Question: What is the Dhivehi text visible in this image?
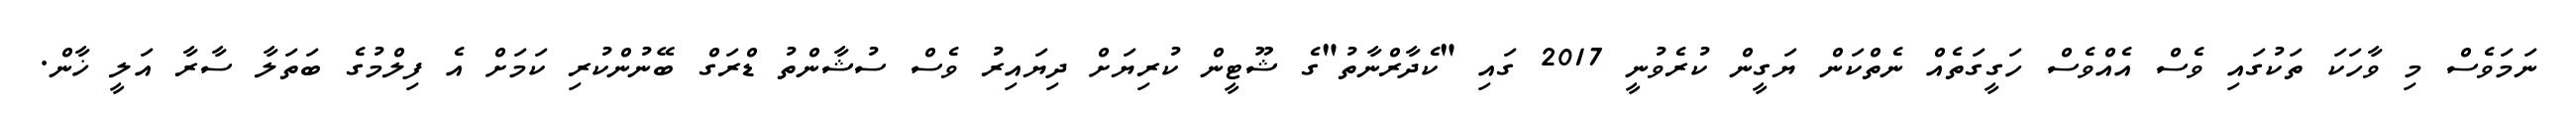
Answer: ނަމަވެސް މި ވާހަކަ ތަކުގައި ވެސް އެއްވެސް ހަގީގަތެއް ނެތްކަން ޔަގީން ކުރެވުނީ 2017 ގައި "ކެދާރްނާތު"ގެ ޝޫޓީން ކުރިޔަށް ދިޔައިރު ވެސް ސުޝާންތު ޑްރަގް ބޭނުންކުރި ކަމަށް އެ ފިލްމުގެ ބަތަލާ ސާރާ އަލީ ޚާން.